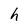
Character: h